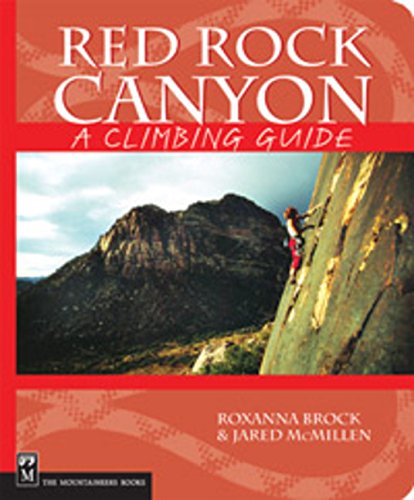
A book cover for Red Rock Canyon: A Climbing Guide (Climbing Guides); Roxanna Brock; Sports & Outdoors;